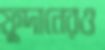
ফুদানেরও